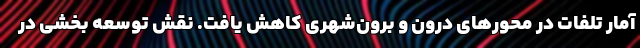
آمار تلفات در محورهای درون و برون‌شهری کاهش یافت. نقش توسعه بخشی در